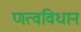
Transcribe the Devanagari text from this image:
णत्वविधान